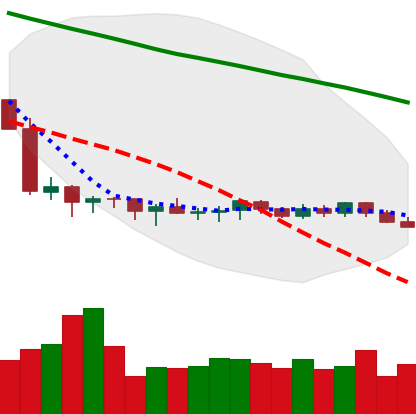
Ticker: XMR-USD
Chart end date: 2019-10-12
Forward return: 4.167%
Label: up_3_5